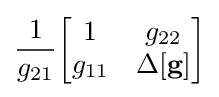
{\frac {1}{g_{21}}}{\begin{bmatrix}1&g_{22}\\g_{11}&\Delta \mathbf {[g]} \end{bmatrix}}